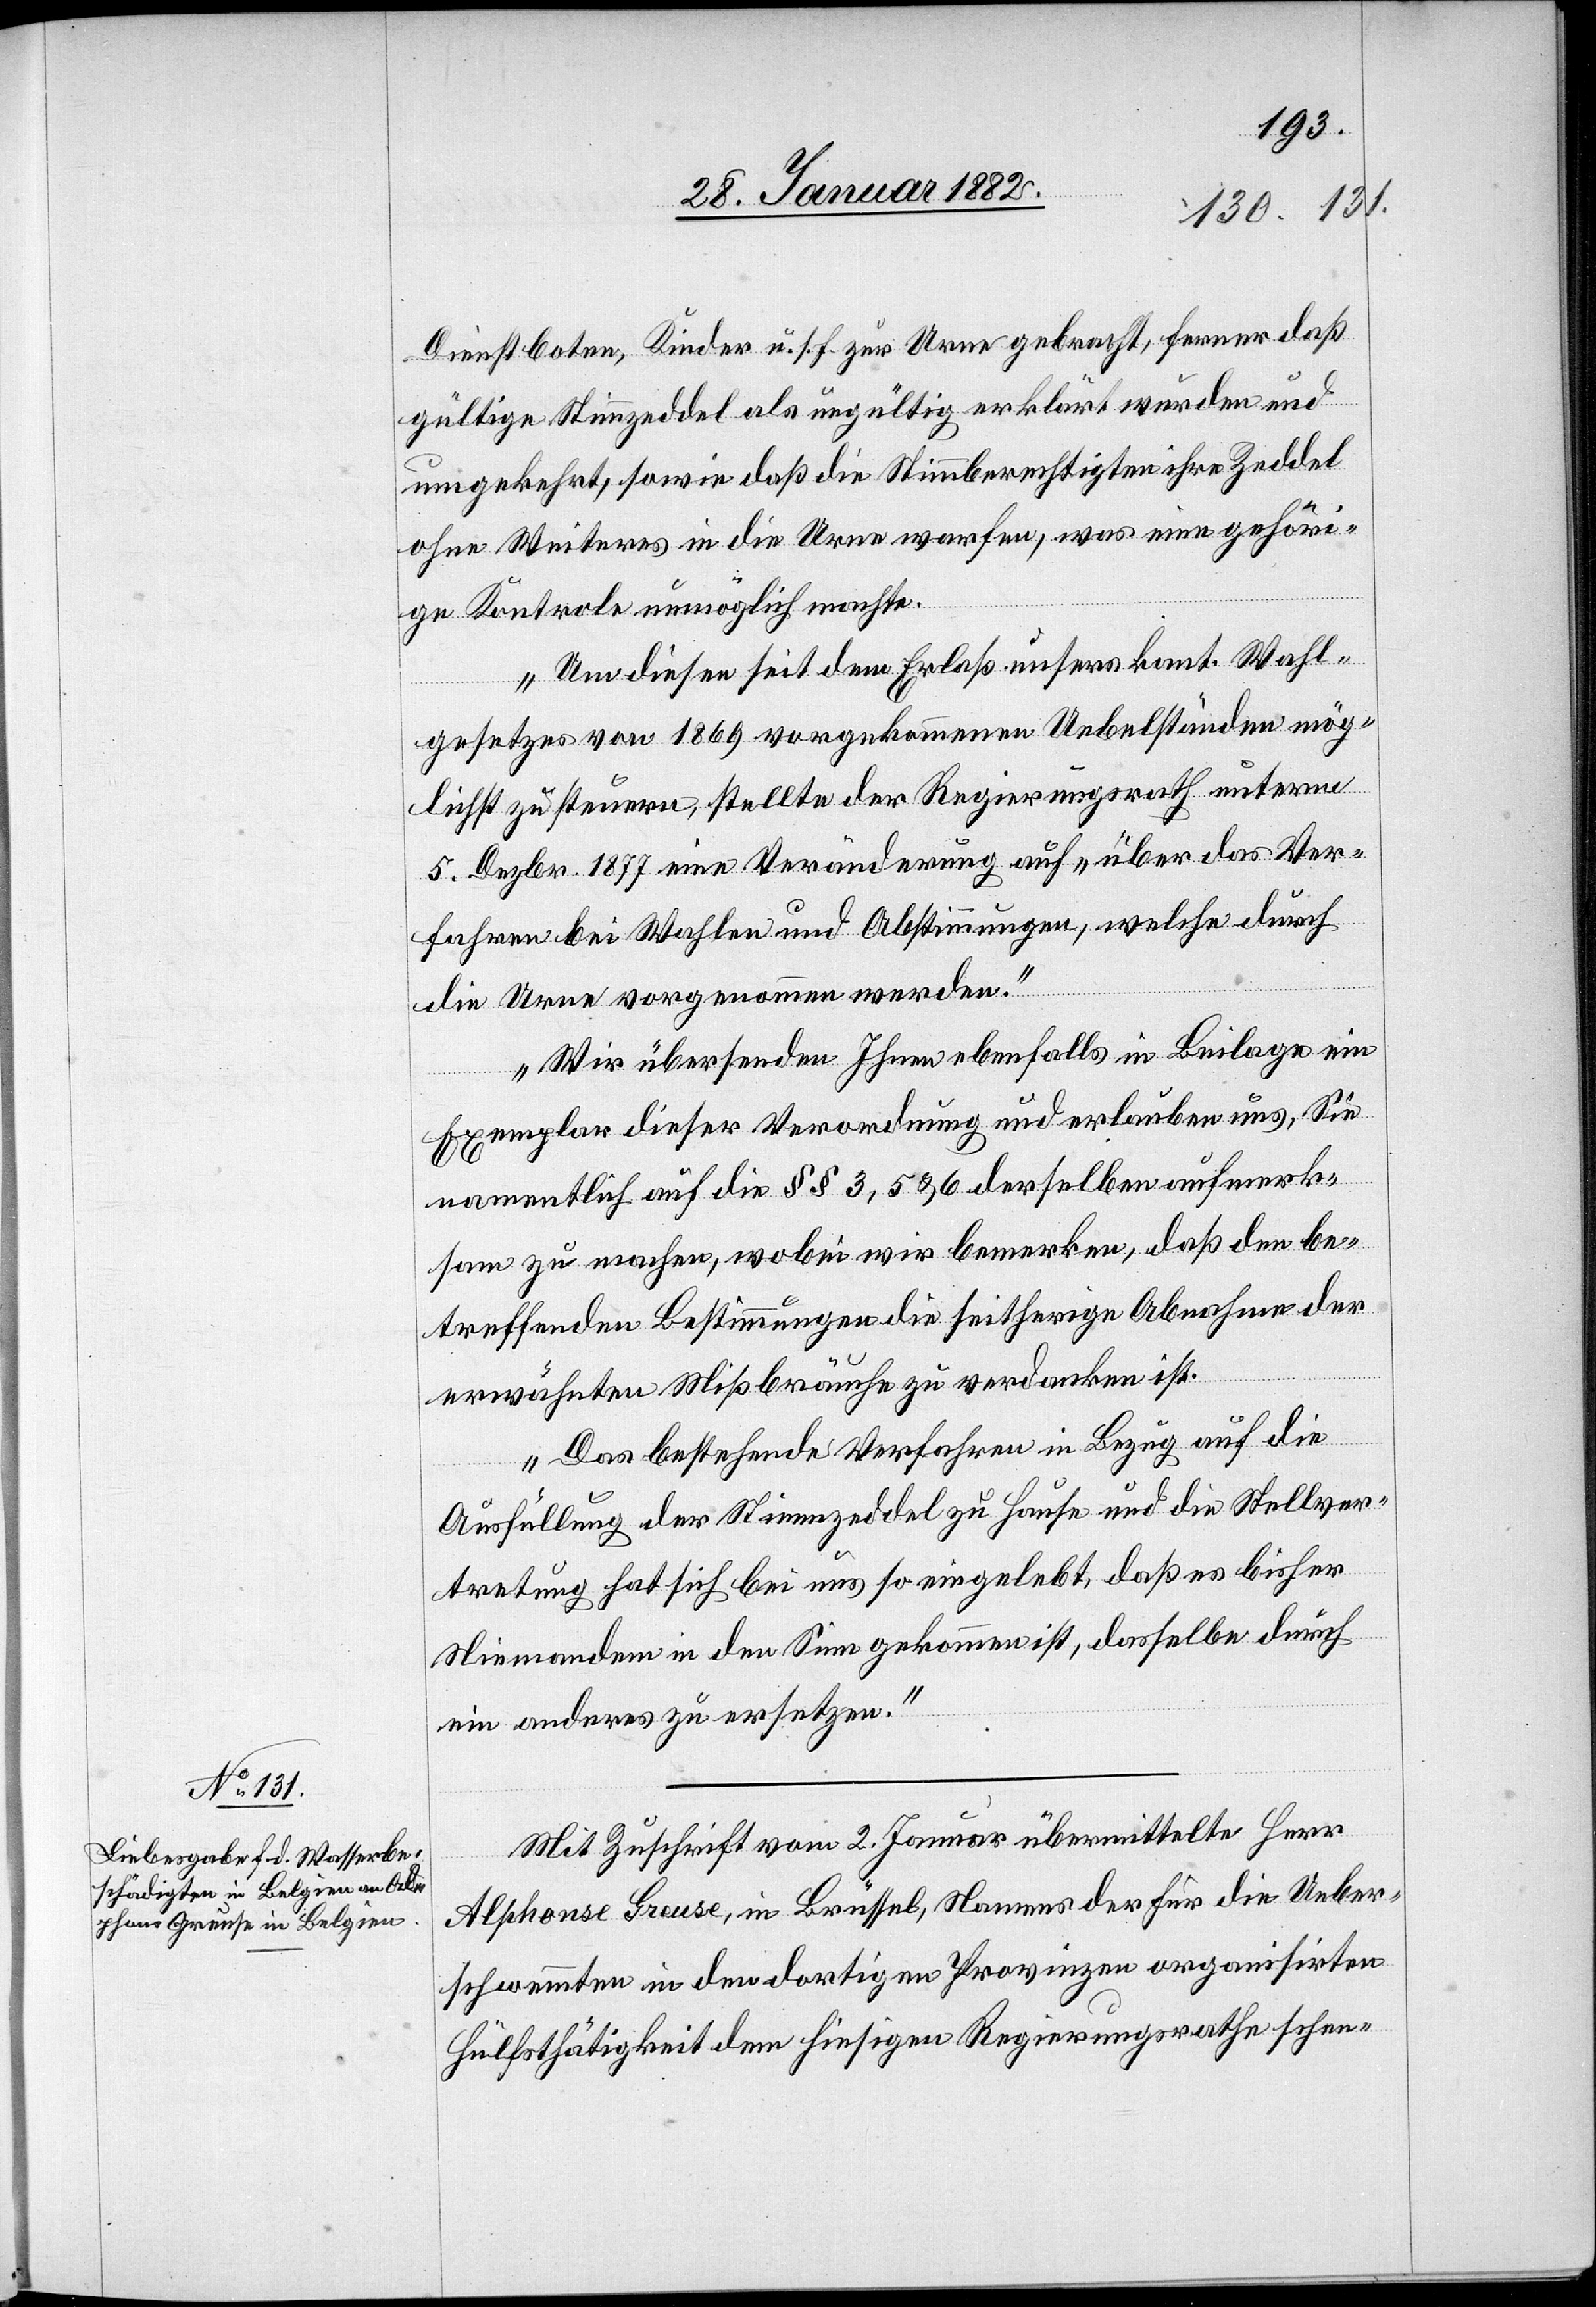
Dienstboten, Kinder u. s. f. zur Urne gebracht, ferner daß
gültige Stimmzeddel als ungültig erklärt wurden und
umgekehrt, sowie daß die Stimmberechtigten ihre Zeddel
ohne Weiteres in die Urne warfen, was eine gehöri¬
ge Kontrole unmöglich machte.
Um diese seit dem Erlaß unserem kant. Wahl¬
gesetzes von 1869 vorgekommenen Uebelstände mög¬
lichst zu steuern, stellte der Regierungsrath unterm
5. Dezbr. 1877 eine Veränderung auf „über das Ver¬
fahren bei Wahlen und Abstimmungen, welche durch
die Urne vorgenommen werden.“
Wir übersenden Ihnen ebenfalls in Beilage ein
Exemplar dieser Verordnung und erlauben uns, Sie
namenthlich auf die §§ 3, 5 & 6 derselben aufmerk¬
sam zu machen, wobei wir bemerken, daß den be¬
treffenden Bestimmungen seitherige Abnahme der
erwähnten Mißbräuche zu verdanken ist.
Das bestehende Verfahren in Bezug auf die
Ausfüllung der Stimmzeddel zu Hause und die Stellver¬
tretung hat sich bei uns so eingelebt, daß es bisher
Niemanden in den Sinn gekommen ist, dasselbe durch
ein anderes zu ersetzen.“
Mit Zuschrift vom 2. Januar übermittelte Herr
[sic!] Greuse, in Brüssel, Nahmens der für die Ueber¬
schwemmten in den dortigen Provinzen organisirten
Hülfstätigkeit dem hiesigen Regierungsrathe schen-